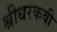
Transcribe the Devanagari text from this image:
श्रीधरकवी